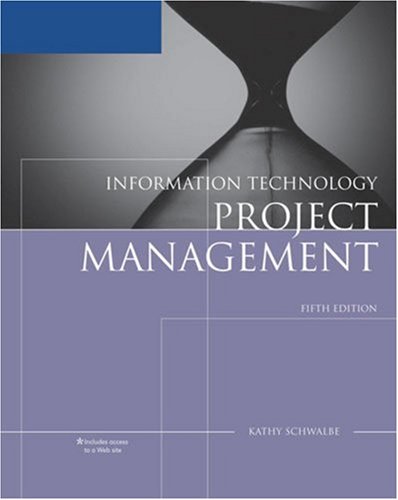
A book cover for Information Technology Project Management, Reprint (with Microsoft Project 2007); Kathy Schwalbe; Computers & Technology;